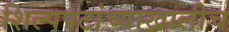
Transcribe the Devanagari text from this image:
शिल्पपटांच्याखालीच